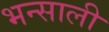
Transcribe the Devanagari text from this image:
भन्साली